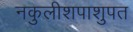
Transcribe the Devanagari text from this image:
नकुलीशपाशुपत